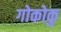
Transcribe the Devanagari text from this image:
गोकोकु